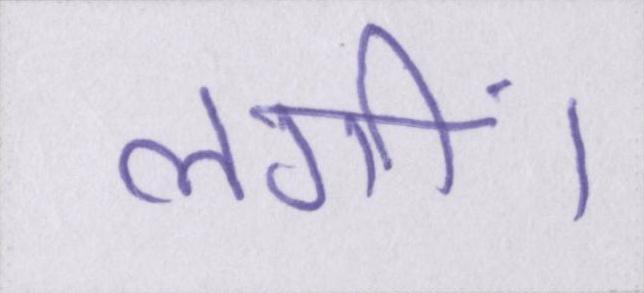
लगीं।